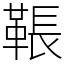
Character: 䩨